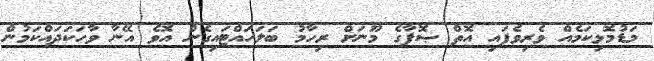
މަޑުމޮޅިކަމެއް ވެރިވެފައި އޮތް ޞޮފާގެ މޫނަށް ރިހާމު ބަލަހައްޓައިގެން އޮވެ އޭނާ ވާހަކަދައްކަމުން